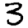
Digit: 3